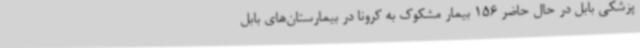
پزشکی بابل در حال حاضر 156 بیمار مشکوک به کرونا در بیمارستان‌های بابل